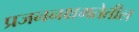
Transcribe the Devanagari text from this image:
प्रजननक्षमतेतील